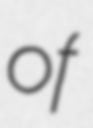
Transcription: of